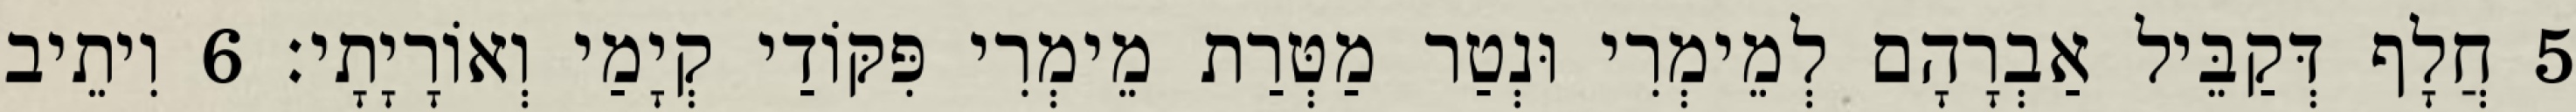
5 חֲלָף דְּקַבֵּיל אַבְרָהָם לְמֵימְרִי וּנְטַר מַטְּרַת מֵימְרִי פִּקּוֹדַי קְיָמַי וְאוֹרָיָתָי׃ 6 וִיתֵיב